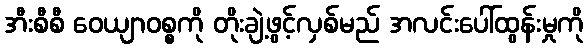
အီးစီစီ ဝေယျာဝစ္စကို တိုးချဲ့ဖွင့်လှစ်မည် အလင်းပေါ်ထွန်းမှုကို